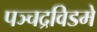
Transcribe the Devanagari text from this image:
पञ्चद्रविडमे